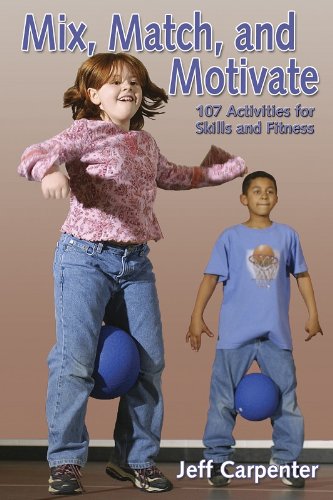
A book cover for Mix, Match, and Motivate:107 Activities for Skills and Fitness; Jeff Carpenter; Health, Fitness & Dieting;